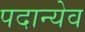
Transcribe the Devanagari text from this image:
पदान्येव